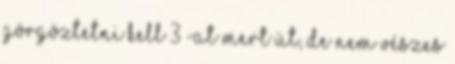
Görgöztetni kell 3 -at mert üt, de nem vészes